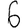
Digit: 6